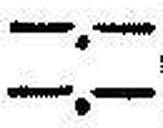
—.—